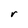
Character: r